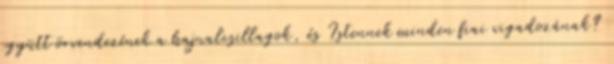
együtt örvendezének a hajnalcsillagok, és Istennek minden fiai vigadozának?